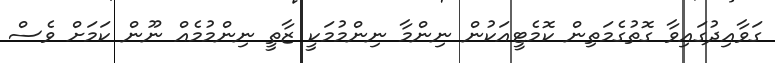
ގަވާއިދުގައިވާ ގޮތުގެމަތިން ކޮމެޓީއަކުން ނިންމާ ނިންމުމަކީ ޒާތީ ނިންމުމެއް ނޫން ކަމަށް ވެސް